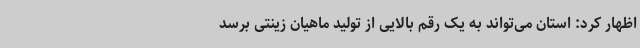
اظهار کرد: استان می‌تواند به یک رقم بالایی از تولید ماهیان زینتی برسد